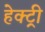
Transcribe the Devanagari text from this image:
हेक्ट्री